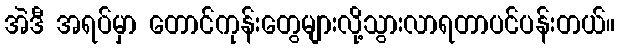
အဲဒီ အရပ်မှာ တောင်ကုန်းတွေများလို့သွားလာရတာပင်ပန်းတယ်။